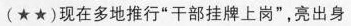
(★★)现在多地推行”干部挂牌上岗”，亮出身